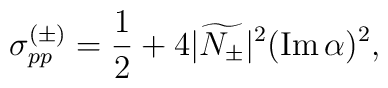
\sigma_{pp}^{(\pm)}=\frac12+4|\widetilde{N_{\pm}}|^2(\mbox{Im}\,\alpha)^2,